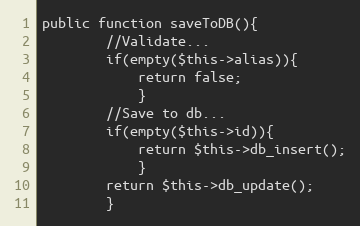
Language: PHP
public function saveToDB(){
		//Validate...
		if(empty($this->alias)){
			return false;
			}
		//Save to db...
		if(empty($this->id)){
			return $this->db_insert();
			}
		return $this->db_update();
		}